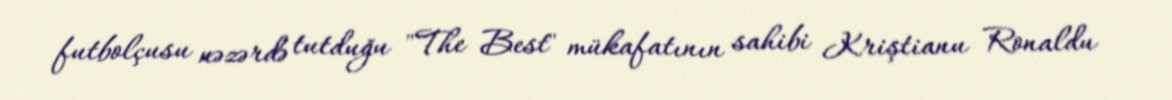
futbolçusu nəzərdə tutduğu "The Best" mükafatının sahibi Kriştianu Ronaldu